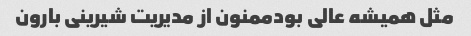
مثل همیشه عالی بودممنون از مدیریت شیرینی بارون